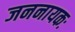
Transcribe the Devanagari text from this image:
जननायकः